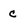
Character: c